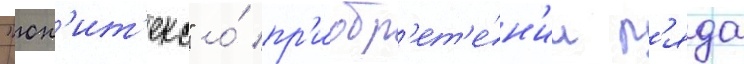
"юн'ит'екс" о́ пр'иобр'ет'е́н'ии р'яда